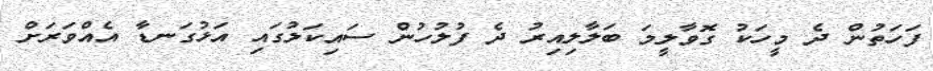
ފަހަތުން ދެ މީހަކު ގޮވާލީމަ ބަލާލިއިރު ދެ ފުލުހުން ސައިކަލުގައި އަޅުގަނޑާ އެއްވަރަށް